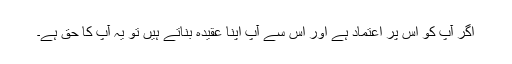
اگر آپ کو اس پر اعتماد ہے اور اس سے آپ اپنا عقیدہ بناتے ہیں تو یہ آپ کا حق ہے۔